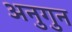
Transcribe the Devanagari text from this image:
अनुगुन